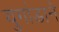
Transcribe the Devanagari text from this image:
युगांडाने